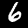
Digit: 6